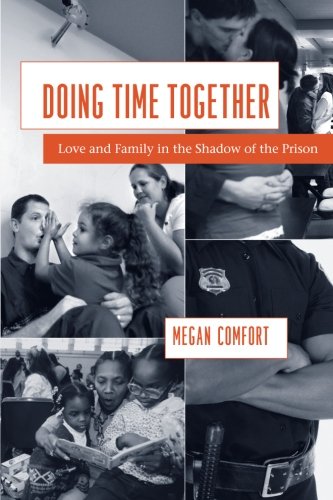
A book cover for Doing Time Together: Love and Family in the Shadow of the Prison; Megan Comfort; Health, Fitness & Dieting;